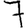
Digit: 7